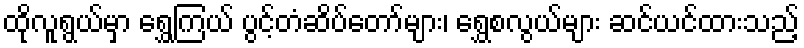
ထိုလူရွယ်မှာ ရွှေကြယ် ပွင့်တံဆိပ်တော်များ၊ ရွှေစလွယ်များ ဆင်ယင်ထားသည့်